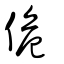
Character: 佹